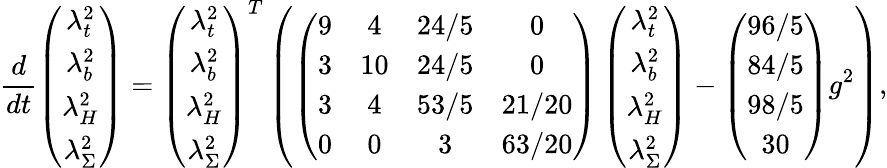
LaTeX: \frac{d}{dt}\left(\begin{array}{c}{{{\lambda}_{t}^{2}}}\\ {{{\lambda}_{b}^{2}}}\\ {{{\lambda}_{H}^{2}}}\\ {{{\lambda}_{\Sigma}^{2}}}\end{array}\right)=\left(\begin{array}{c}{{{\lambda}_{t}^{2}}}\\ {{{\lambda}_{b}^{2}}}\\ {{{\lambda}_{H}^{2}}}\\ {{{\lambda}_{\Sigma}^{2}}}\end{array}\right)^{T}\left(\left(\begin{array}{cccc}{{9}}&{{4}}&{{24/5}}&{{0}}\\ {{3}}&{{10}}&{{24/5}}&{{0}}\\ {{3}}&{{4}}&{{53/5}}&{{21/20}}\\ {{0}}&{{0}}&{{3}}&{{63/20}}\end{array}\right)\left(\begin{array}{c}{{{\lambda}_{t}^{2}}}\\ {{{\lambda}_{b}^{2}}}\\ {{{\lambda}_{H}^{2}}}\\ {{{\lambda}_{\Sigma}^{2}}}\end{array}\right)-\left(\begin{array}{c}{{96/5}}\\ {{84/5}}\\ {{98/5}}\\ {{30}}\end{array}\right)g^{2}\right),